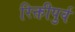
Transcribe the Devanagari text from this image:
रिक्तीपुर्व